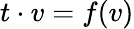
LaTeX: t\cdot v=f(v)